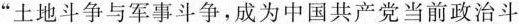
”土地斗争与军事斗争，成为中国共产党当前政治斗争